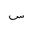
Letter: _sin